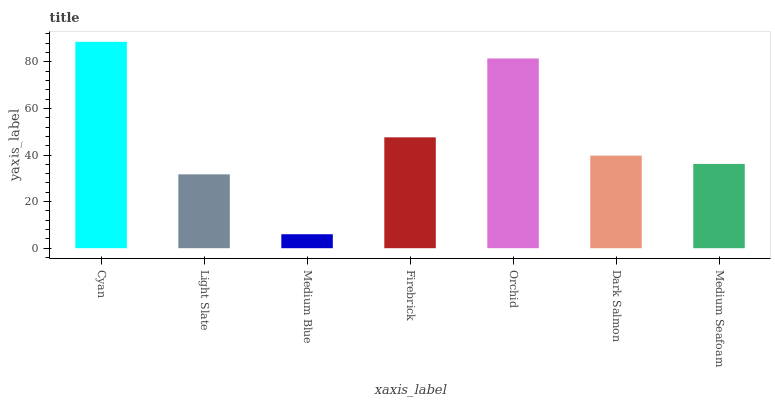
| xaxis_label | bars |
 | --- | --- |
 | Cyan | 88.6 |
 | Light Slate | 31.7 |
 | Medium Blue | 6 |
 | Firebrick | 47.6 |
 | Orchid | 81.4 |
 | Dark Salmon | 39.7 |
 | Medium Seafoam | 36.2 |